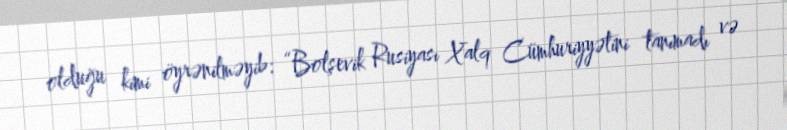
olduğu kimi öyrənilməyib: “Bolşevik Rusiyası Xalq Cümhuriyyətini tanımadı və